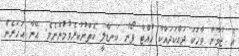
އެ ޒުވާނާ ވާހަކަ ދައްކަދައްކާ ހުއްޓާ ފޯނު ކަނޑާލީ ކެތްނުކުރެވުމުންނެވެ. އޭނާ އަހަރެން